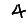
Digit: 4